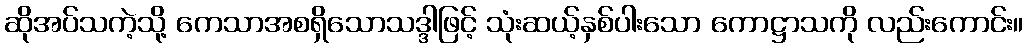
ဆိုအပ်သကဲ့သို့ ကေသာအစရှိသောသဒ္ဒါဖြင့် သုံးဆယ့်နှစ်ပါးသော ကောဋ္ဌာသကို လည်းကောင်း။